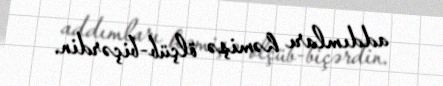
addımları həmişə ölçüb-biçərdin.